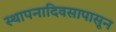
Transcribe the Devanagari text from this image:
स्थापनादिवसापासून